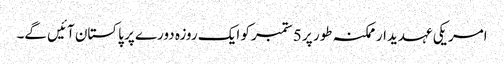
امریکی عہدیدار ممکنہ طور پر 5 ستمبر کو ایک روزہ دورے پر پاکستان آئیں گے۔